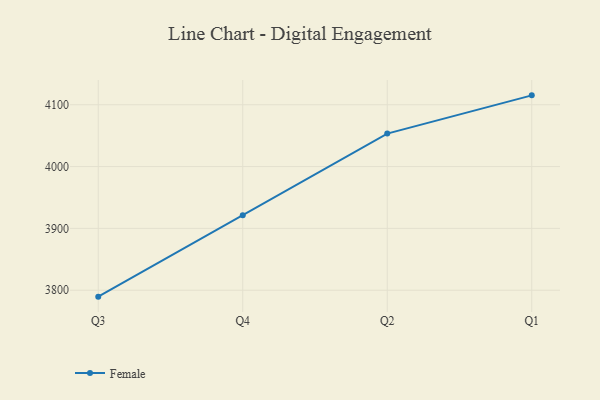
{"axis": {"x": "Quarter", "y": "Bounce Rate (%)"}, "legend": ["Female"], "data": [{"x": "Q3", "y": 3789.6, "type": "Female"}, {"x": "Q4", "y": 3921.3, "type": "Female"}, {"x": "Q2", "y": 4053.4, "type": "Female"}, {"x": "Q1", "y": 4115.2, "type": "Female"}]}